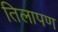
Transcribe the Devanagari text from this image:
तिलापण